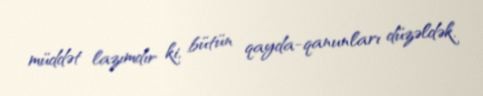
müddət lazımdır ki, bütün qayda-qanunları düzəldək.